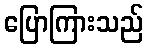
ပြောကြားသည်